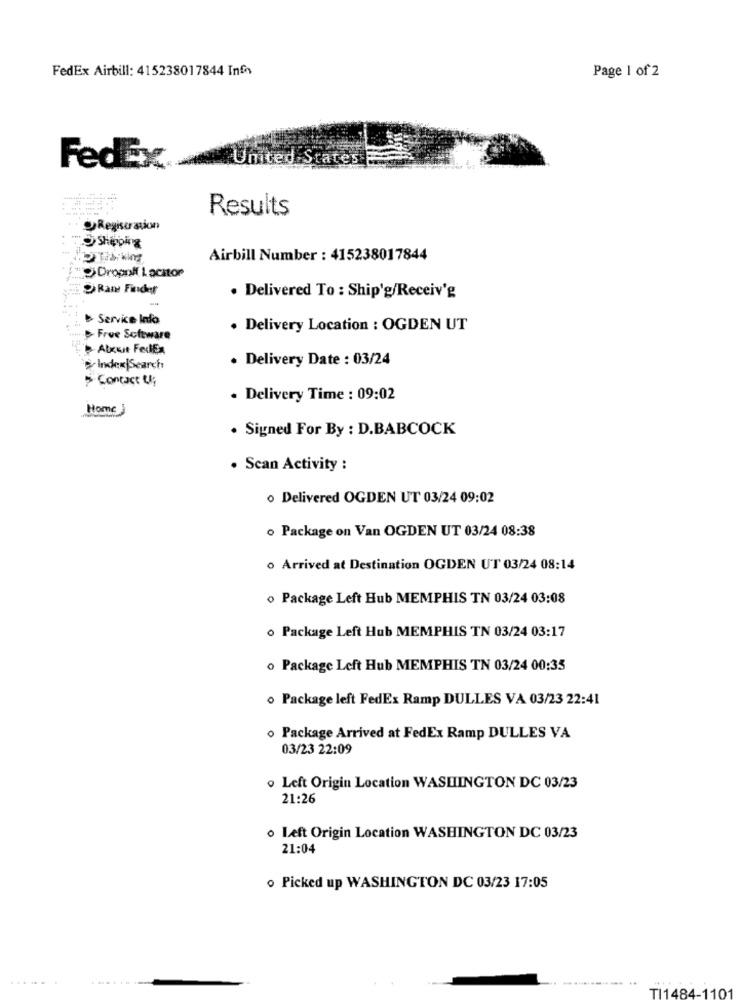
FedEx Airbill: 415238017844 Info
Page 1 of 2
United States
FedEx
Results
Regisu ation
Sheping
Airbill Number : 415238017844
Dropnil Locator
Rame Finder
. Delivered To : Ship'g/Receiv'g
& Service Info
. Delivery Location : OGDEN UT
Free Software
Atxuit FedEn
. Delivery Date : 03/24
& Index|Search
> Contact U;
. Delivery Time : 09:02
Home
. Signed For By : D.BABCOCK
· Scan Activity :
o Delivered OGDEN UT 03/24 09:02
o Package on Van OGDEN UT 03/24 08:38
o Arrived at Destination OGDEN UT 03/24 08:14
o Package Left Hub MEMPHIS TN 03/24 03:08
o Package Left Hub MEMPHIS TN 03/24 03:17
o Package Left Hub MEMPHIS TN 03/24 00:35
o Package left FedEx Ramp DULLES VA 03/23 22:41
o Package Arrived at FedEx Ramp DULLES VA
03/23 22:09
o Left Origin Location WASHINGTON DC 03/23
21:26
o Left Origin Location WASHINGTON DC 03/23
21:04
o Picked up WASHINGTON DC 03/23 17:05
....
TI1484-
101